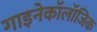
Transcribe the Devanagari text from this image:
गाइनेकॉलॉजिक